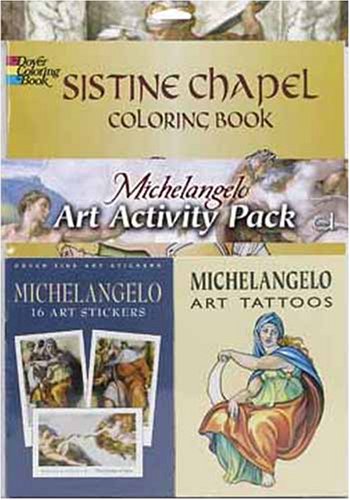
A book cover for Michelangelo Art Activity Pack (Dover Coloring Books); Dover; Children's Books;